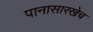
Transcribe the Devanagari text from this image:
पानासारखेच